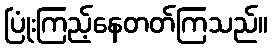
ပြုံးကြည့်နေတတ်ကြသည်။